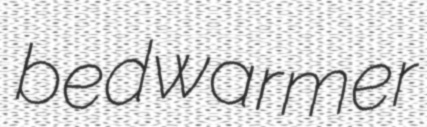
bedwarmer